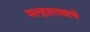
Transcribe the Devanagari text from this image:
मल्हाररावाचे